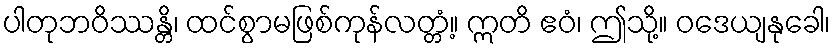
ပါတုဘဝိဿန္တိ၊ ထင်စွာမဖြစ်ကုန်လတ္တံ့။ ဣတိ ဧဝံ၊ ဤသို့။ ဝဒေယျနုခေါ၊